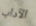
الآداب